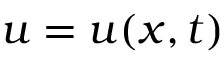
u = u ( x , t )